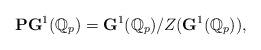
LaTeX: \begin{align*}\mathbf{P}\mathbf{G}^1(\mathbb{Q}_p)=\mathbf{G}^1(\mathbb{Q}_p)/Z(\mathbf{G}^1(\mathbb{Q}_p)),\end{align*}